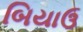
બિયાઉ